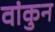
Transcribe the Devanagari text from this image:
वांकुन